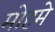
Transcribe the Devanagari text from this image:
मोहमे